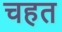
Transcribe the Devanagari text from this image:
चहत